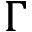
\Gamma